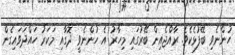
ހުންނެވި ބޭފުޅެކެވެ. ރާއްޖެއިން ބޭރުގައި މިހާރު އެ ހުންނެވީ ދޮގާއި މަކަރު ހައްދަވައިގެން